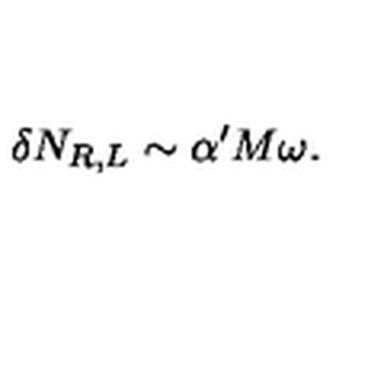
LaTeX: \delta N _ { R , L } \sim \alpha ^ { \prime } M \omega .